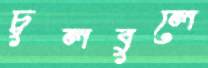
চুলবুলে